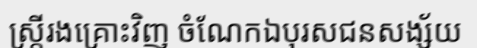
ស្ត្រីរងគ្រោះវិញ ចំណែកឯបុរសជនសង្ស័យ